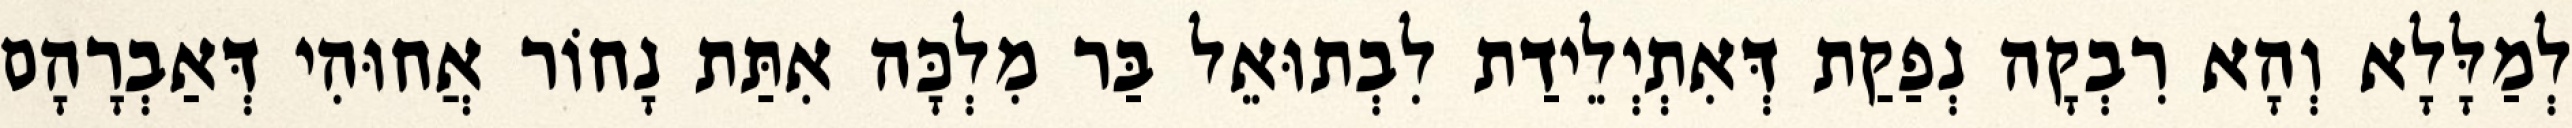
לְמַלָּלָא וְהָא רִבְקָה נְפַקַת דְּאִתְיְלֵידַת לִבְתוּאֵל בַּר מִלְכָּה אִתַּת נָחוֹר אֲחוּהִי דְּאַבְרָהָם